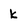
Character: k